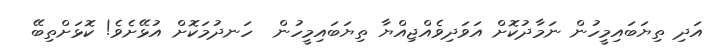
އަދި ތިޔަބައިމީހުން ނަމާދުކޮށް އަވަދިވެއްޖިއްޔާ ތިޔަބައިމީހުން  ހަނދުމަކޮށް އުޅޭށެވެ! ކޮޅަށްތިބޭ